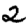
Digit: 2